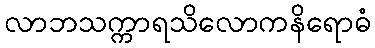
လာဘသက္ကာရသိလောကနိရောဓံ